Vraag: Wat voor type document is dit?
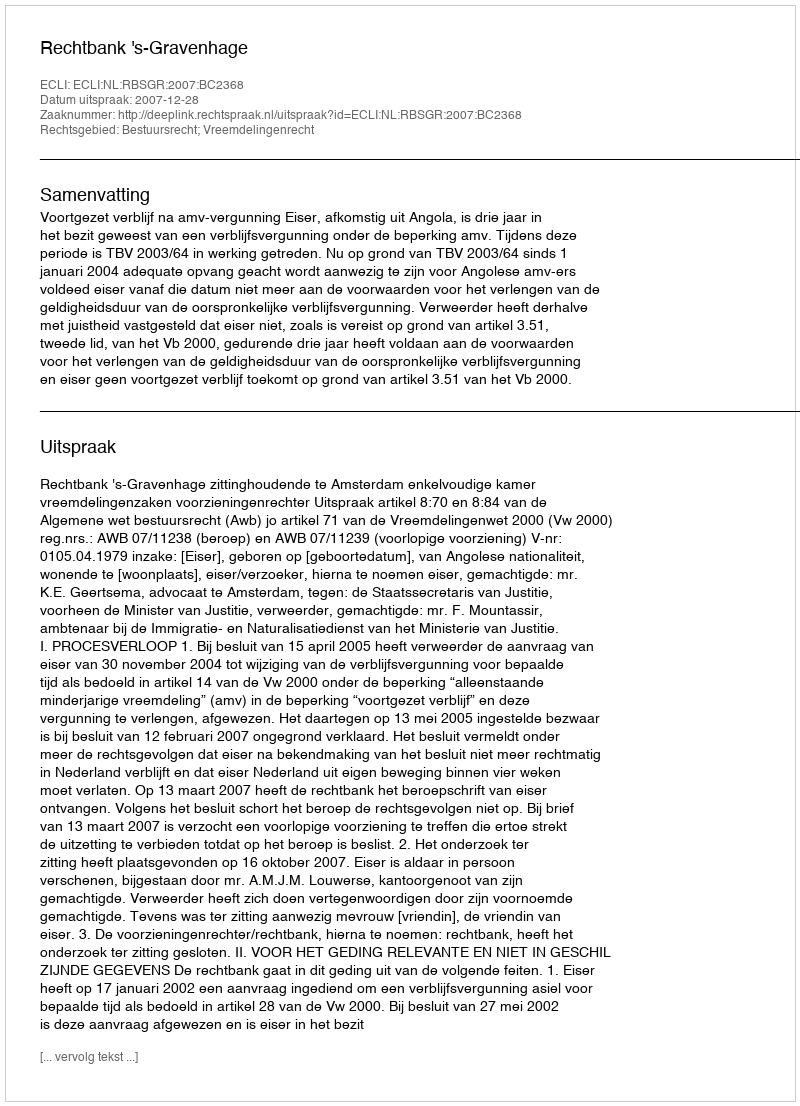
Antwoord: Uitspraak